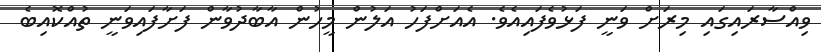
ވިއްސާރައިގައި މިރަށް ވަނީ ފަޅުވެފައިއެވެ. އެއަށްފަހު އަލުން މީހުން އާބާދުވާން ފަށާފައިވަނީ ތުއްކޮއިބެ